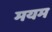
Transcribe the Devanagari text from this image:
मयम